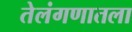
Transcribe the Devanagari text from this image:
तेलंगणातला